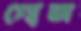
গোজ